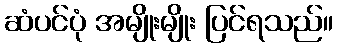
ဆံပင်ပုံ အမျိုးမျိုး ပြင်ရသည်။